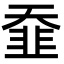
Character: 䪞